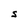
Character: S